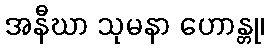
အနီဃာ သုမနာ ဟောန္တု၊